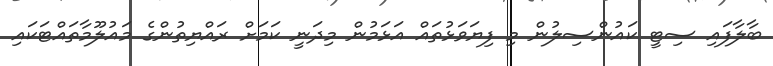
ބާލާފައި ސިޓީ ކައުންސިލުން މި ފިޔަވަޅުތައް އަޅަމުން މިދަނީ ކަމަށް ރައްޔިތުންގެ މައުލޫމާތައްޓަކައި